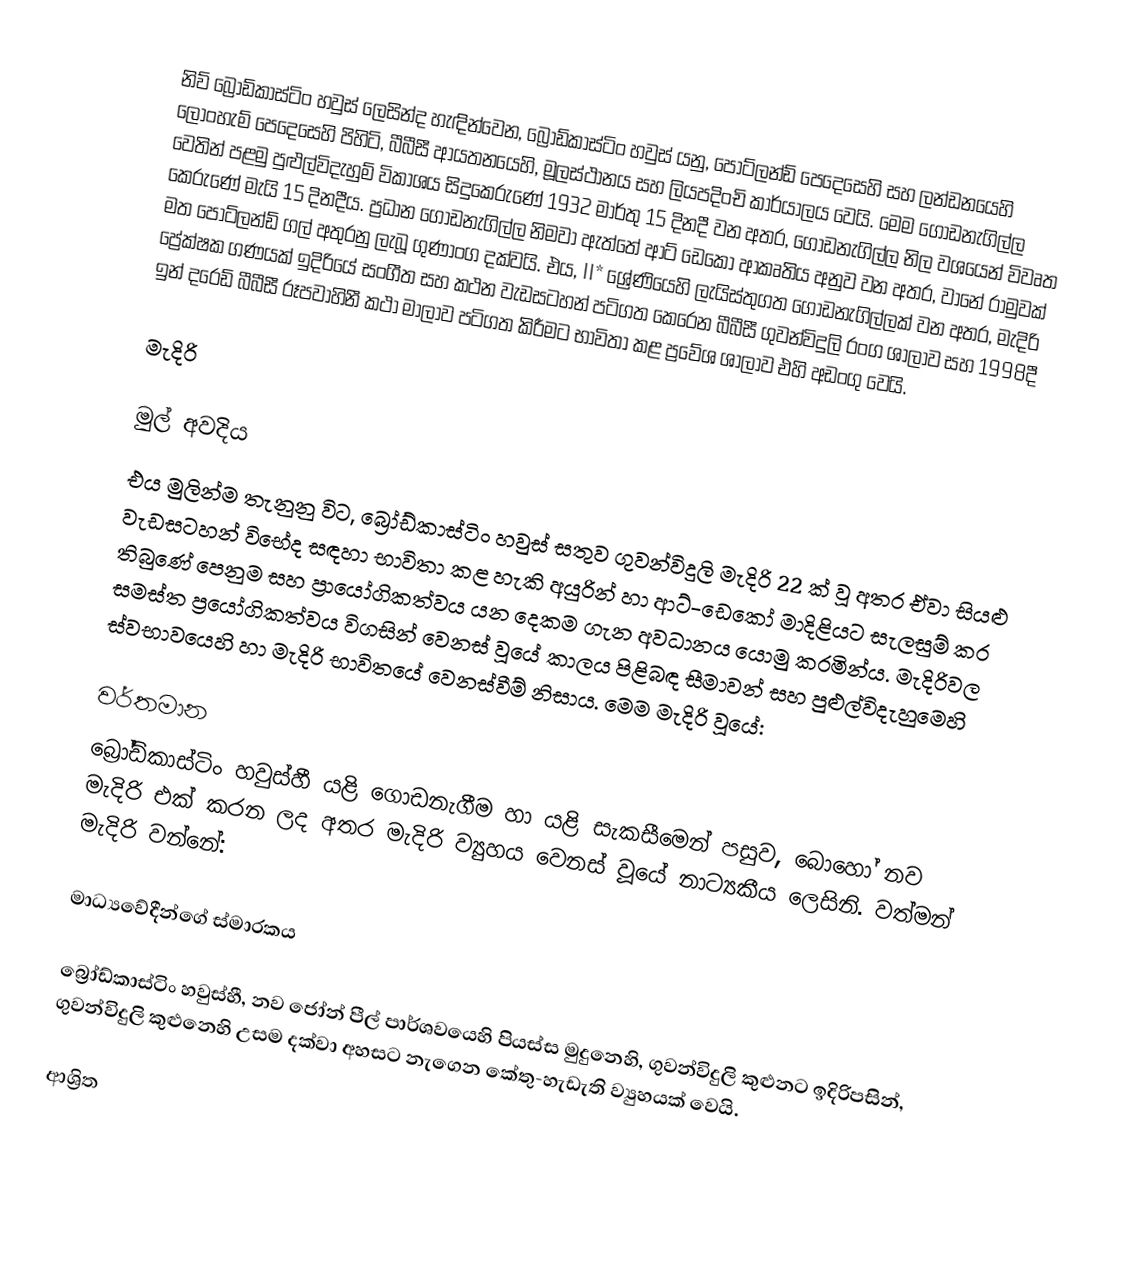
නිව් බ්‍රෝඩ්කාස්ටිං හවුස් ලෙසින්ද හැඳින්වෙන,  බ්‍රෝඩ්කාස්ටිං හවුස් යනු,   පෝට්ලන්ඩ් පෙදෙසෙහි සහ ලන්ඩනයෙහි ලෝංහැම් පෙදෙසෙහි පිහිටි, බීබීසී ආයතනයෙහි, මූලස්ථානය සහ ලියපදිංචි කාර්යාලය වෙයි. මෙම ගොඩනැගිල්ල වෙතින් පළමු පුළුල්විදැහුම් විකාශය සිදුකෙරුණේ 1932 මාර්තු 15 දිනදී වන අතර, ගොඩනැගිල්ල නිල වශයෙන් විවෘත කෙරුණේ මැයි 15 දිනදීය. ප්‍රධාන ගොඩනැගිල්ල නිමවා ඇත්තේ ආට් ඩෙකෝ ආකෘතිය අනුව වන අතර, වානේ රාමුවක් මත  පෝට්ලන්ඩ් ගල් අතුරනු ලැබූ ගුණාංග දක්වයි. එය,  II* ශ්‍රේණියෙහි ලැයිස්තුගත ගොඩනැගිල්ලක් වන අතර, මැදිරි ප්‍රේක්ෂක ගණයක් ඉදිරියේ සංගීත සහ කථන වැඩසටහන් පටිගත කෙරෙන බීබීසී ගුවන්විදුලි රංග ශාලාව සහ 1998දී  ඉන් දරෙඩ්  බීබීසී රූපවාහිනී කථා මාලාව පටිගත කිරීමට භාවිතා කළ ප්‍රවේශ ශාලාව එහි අඩංගු වෙයි.

මැදිරි

මුල් අවදිය
එය මුලින්ම තැනුනු විට, බ්‍රෝඩ්කාස්ටිං හවුස් සතුව ගුවන්විදුලි මැදිරි  22 ක් වූ අතර  ඒවා සියළු වැඩසටහන් විභේද සඳහා භාවිතා කළ හැකි අයුරින් හා  ආට්-ඩෙකෝ මාදිළියට සැලසුම් කර තිබුණේ පෙනුම සහ ප්‍රායෝගිකත්වය යන දෙකම ගැන අවධානය යොමු කරමින්ය. මැදිරිවල සමස්ත ප්‍රයෝගිකත්වය විගසින් වෙනස් වූයේ කාලය පිළිබඳ සීමාවන් සහ පුළුල්විදැහුමෙහි ස්වභාවයෙහි හා මැදිරි භාවිතයේ වෙනස්වීම් නිසාය. මෙම මැදිරි වූයේ:

වර්තමාන
බ්‍රෝඩ්කාස්ටිං හවුස්හී යළි ගොඩනැගීම හා යළි සැකසීමෙන් පසුව, බොහෝ නව මැදිරි එක් කරන ලද අතර මැදිරි ව්‍යුහය වෙනස් වූයේ නාට්‍යකීය ලෙසිනි. වත්මන් මැදිරි වන්නේ:

මාධ්‍යවේදීන්ගේ  ස්මාරකය

බ්‍රෝඩ්කාස්ටිං හවුස්හී, නව ජෝන් පීල් පාර්ශවයෙහි පියස්ස මුදුනෙහි, ගුවන්විදුලි කුළුනට ඉදිරිපසින්, ගුවන්විදුලි කුළුනෙහි උසම දක්වා අහසට නැගෙන කේතු-හැඩැති ව්‍යුහයක් වෙයි.

ආශ්‍රිත